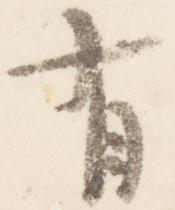
有